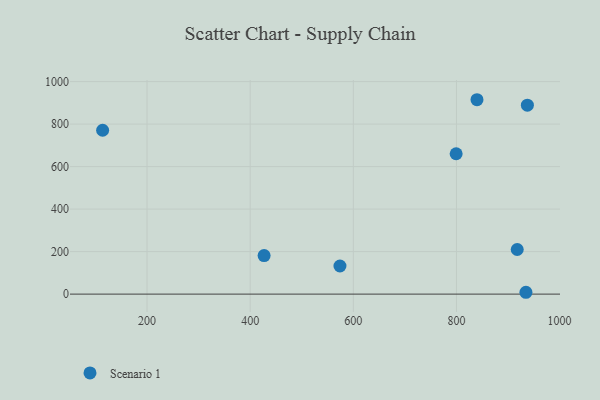
{"axis": {"x": "Distance", "y": "Salary"}, "legend": ["Scenario 1"], "data": [{"x": "839.8", "y": 914.8, "type": "Scenario 1"}, {"x": "937.5", "y": 889.1, "type": "Scenario 1"}, {"x": "574.1", "y": 132.3, "type": "Scenario 1"}, {"x": "113.9", "y": 771.1, "type": "Scenario 1"}, {"x": "799.4", "y": 660.5, "type": "Scenario 1"}, {"x": "917.8", "y": 210.1, "type": "Scenario 1"}, {"x": "427.0", "y": 181.5, "type": "Scenario 1"}, {"x": "934.7", "y": 8.7, "type": "Scenario 1"}]}